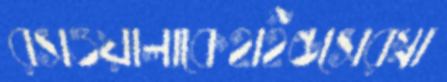
রসওয়ালাকেহাইন্ডসেরস্না